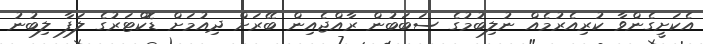
އެކަށީގެންވާ ކުރިއެރުމެއް ނުލިބުމުގެ ސަބަބުން ރާއްޖެއިން ބޭރަށް ދިއުމަށް ޑޮކްޓަރުގެ ލަފާ ލިބުނު